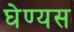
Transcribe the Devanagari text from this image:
घेण्यस